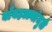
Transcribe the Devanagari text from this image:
बाँबहल्ल्यांमुळे